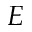
E